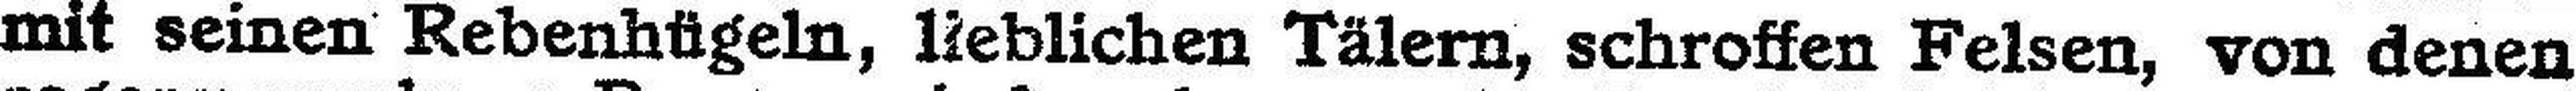
mit seinen Rebenhügeln, lieblichen Tälern, schroffen Felsen, von denen